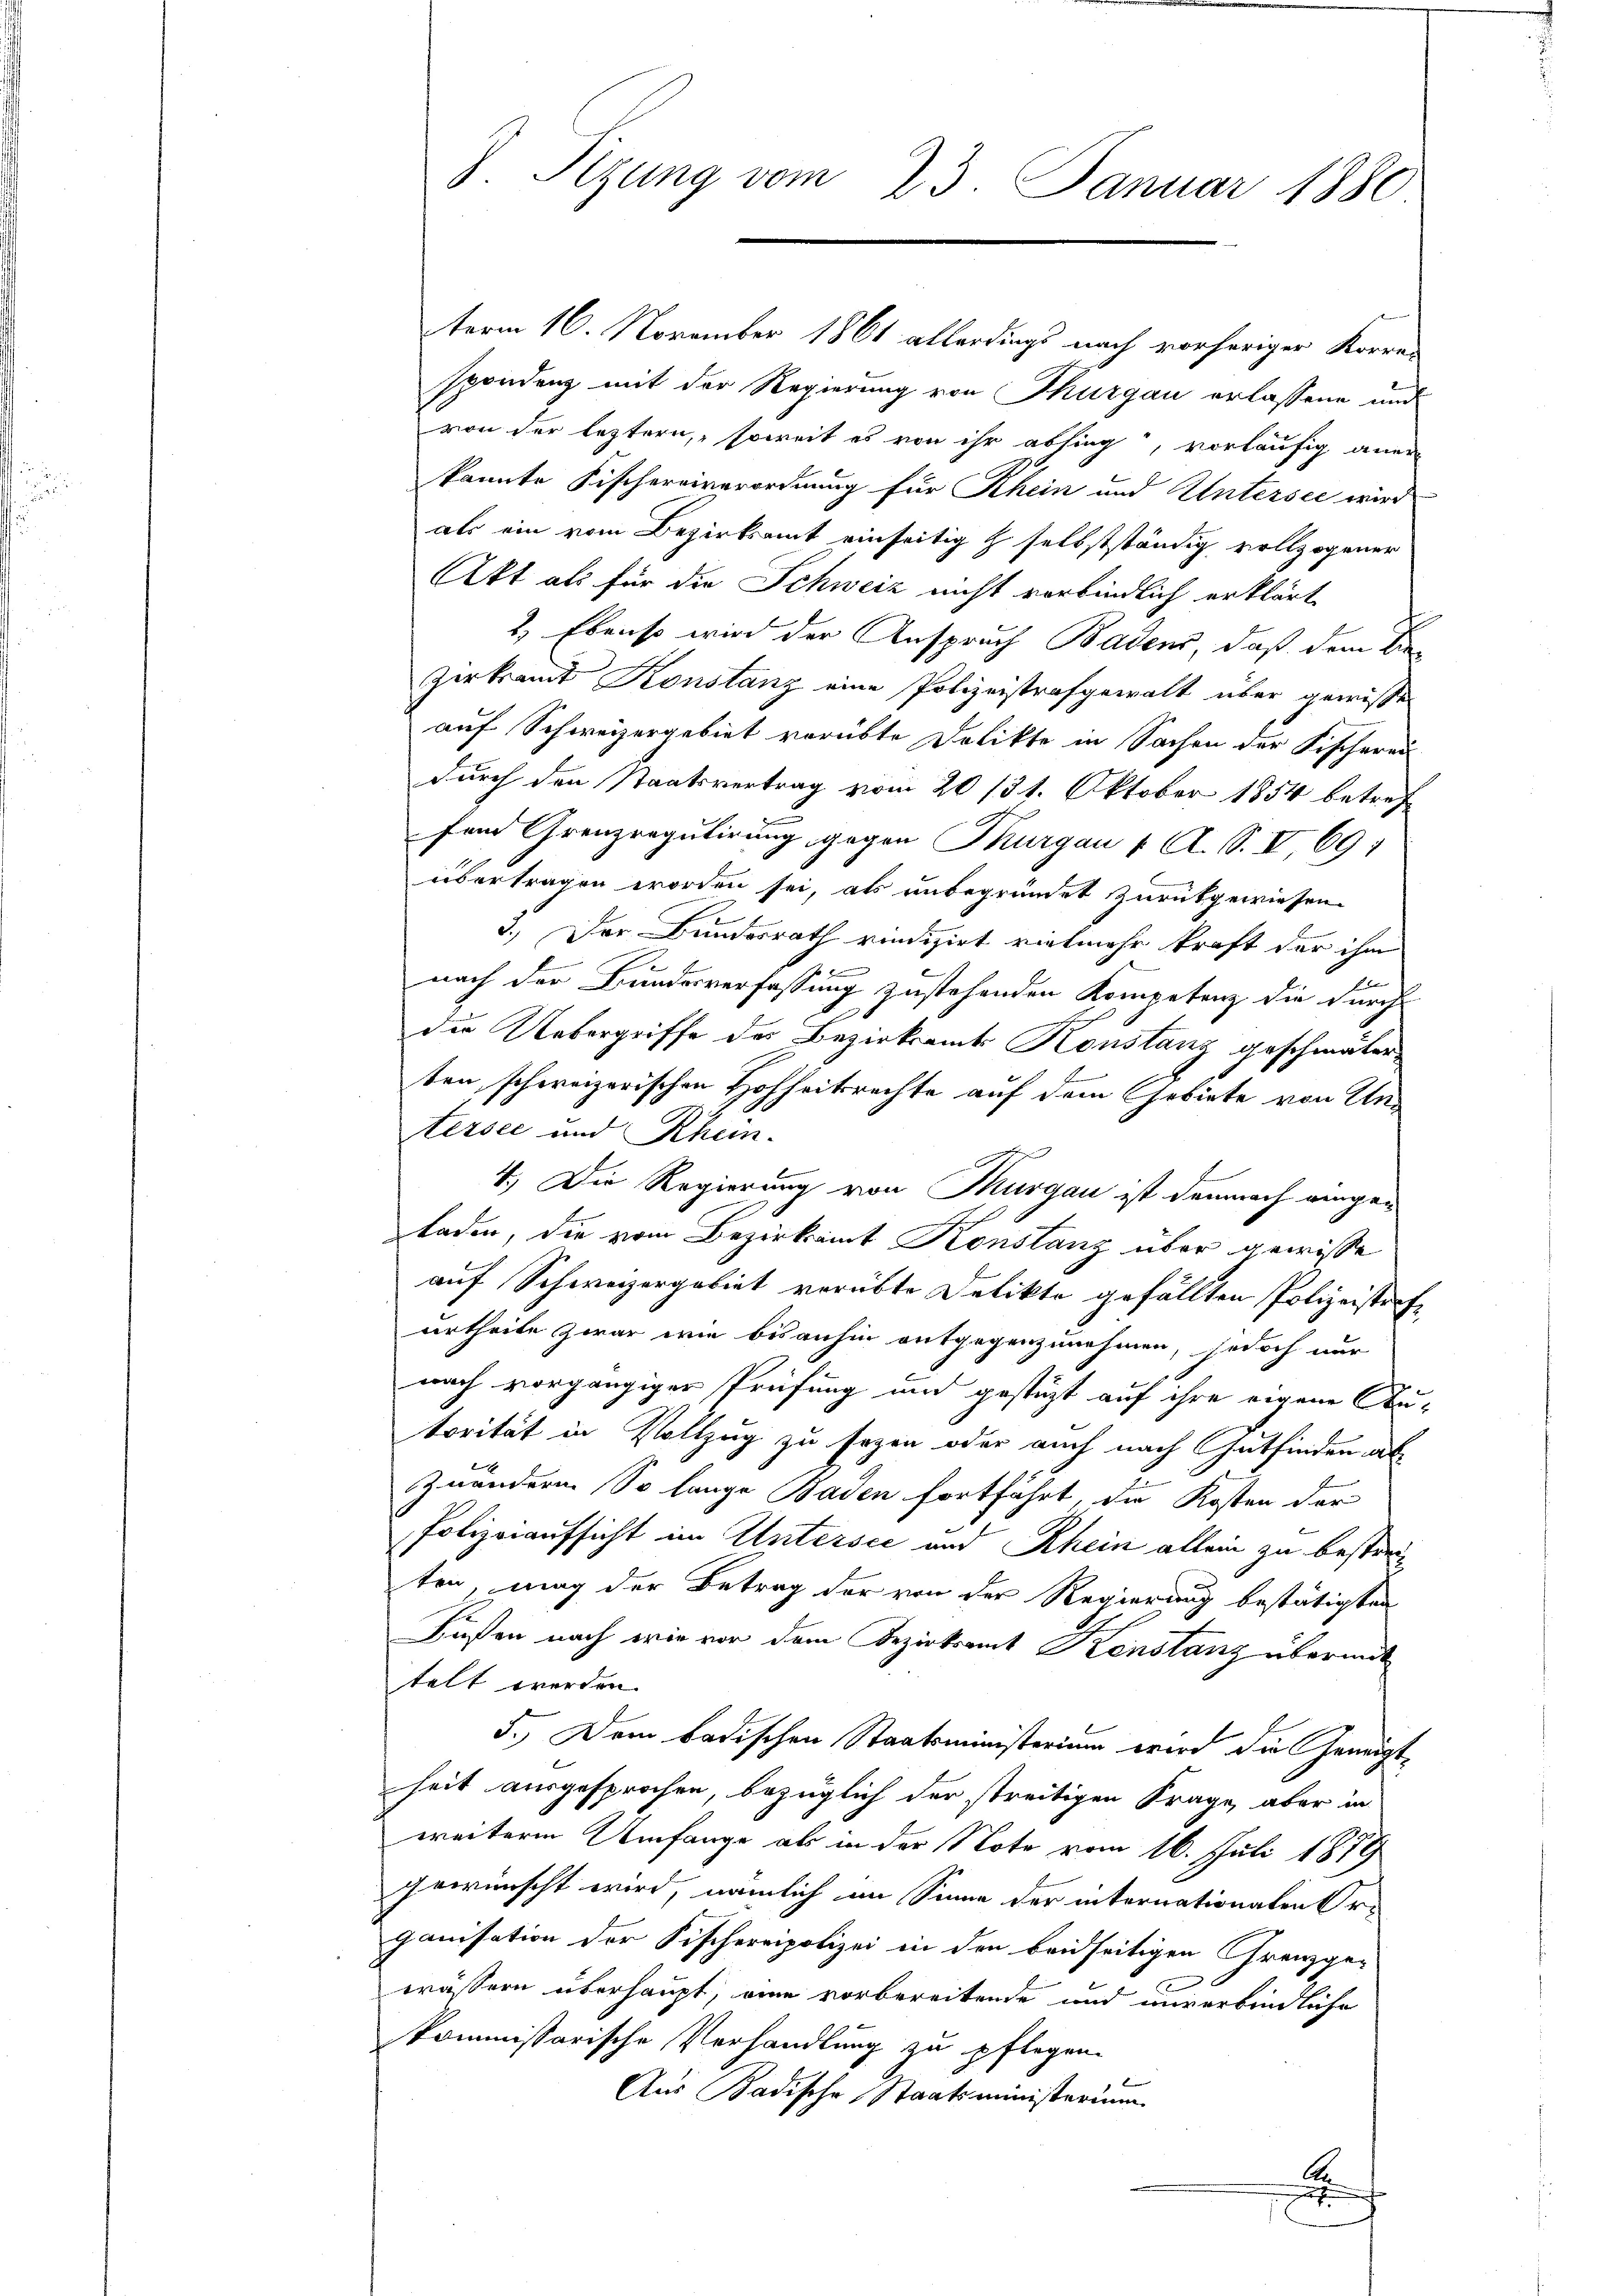
term 16. November 1861 allerdings nach vorheriger Korren
spondenz mit der Regierung von Thurgau erlassene und
von der leztern, soweit es von ihr absing, vorläufig aner
kannte Fischereiverordnung für Rhein und Untersee wird
als ein vom Bezirksamt einseitig & selbstständig vollzogener
Akt als für die Schweiz nicht verbindlich erklärt
2) Ebenso wird der Anspruch Badens, daß dem Be¬
Zerkramt Konstanz eine Polizeistrafgewalt über gewisse
auf Schweizergebiet vorübte Dolikte in Sachen der Fischerei
durch den Staatsvertrag vom 20 /31. Oktober 1854 betreff
fein Grenzregulirung gegen Thurgau v. A. S. V, 691
übertragen worden sei, als unbegründet zurückgewiesen.
3.) Der Bundesrath rindizirt vielmehr kraft der ihm
.
26
nach der Bundesverfassung zustehenden Kompetenz die durch
die Uebergriffe des Bezirksamts Konstanz geschmäler
ten, schweizerischen Hohheitsrechte auf dem Gebiete von Untersee und Rhein.
4.) Die Regierung von Thurgau ist demnach gengeladen, die vom Bezirksamt Konstanz über gewisse
auf Schweizergebiet verübte Delikte gefällten Polizeistrafe
urtheile zwar wie bisanhin entgegenzunehmen, jedoch nur
nach vorgängiger Prüfung und gestüzt auf ihre eigene Autorität in Vollzug zu sezen oder auch nach Gutfinden ab
zuändern. So lange Baden fortführt, die Kosten der
Polizeiaufsicht im Untersee und Rhein allein zu bestreiten, mag der Betrag der von der Regierung bestätigten
Füßen nach wie vor dem Bezirksamt Kenstanz übermit
telt werden.
5. Dem badischen Staatsministerium wird die Geneigtheit ausgesprochen, bezüglich der streitigen Frage, aber in
weiterm Umfange als in der Note vom 16. Juli 1879
gewünscht wird, nämlich im Sinne der internationalen Organisation der Fischereipolizei in den beidseitigen Grenzge-
wässern überhaupt, eine vorbereitende und unverbindliche
kommissarische Verhandlung zu pflegen.
Aus Badische Staatsministerium
A
t

Sizung vom 23. Januar 1880